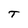
Character: T